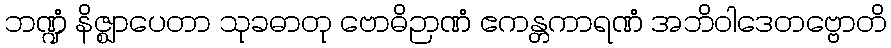
ဘဏ္ဍံ နိဇ္ဈာပေတာ သုခဓာတု ဗောဓိဉာဏံ ဧကန္တကာရဏံ အဘိဝါဒေတဗ္ဗောတိ